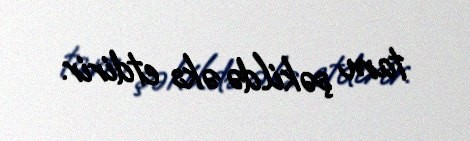
tam şəkildə əks etdirir.